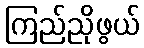
ကြည်ညိုဖွယ်